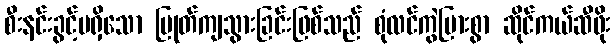
စီးနင်းခွင့်မရှိသော ပြုတ်ကျသွားခြင်းဖြစ်သည် စုံလင်ကွဲပြားစွာ ဆိုင်ကယ်ဆီဖိုး